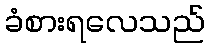
ခံစားရလေသည်